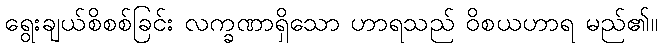
ရွေးချယ်စိစစ်ခြင်း လက္ခဏာရှိသော ဟာရသည် ဝိစယဟာရ မည်၏။